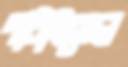
পাঠাইতেন